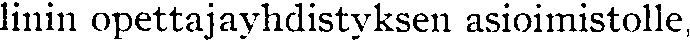
linin opettajayhdistyksen asioimistolle,